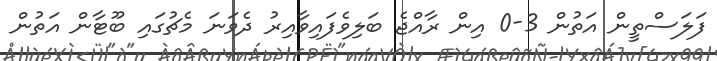
ފަލަސްތީން އަތުން 3-0 އިން ރާއްޖެ ބަލިވެފައިވާއިރު ދެވަނަ މެޗުގައި ބޫޓާން އަތުން